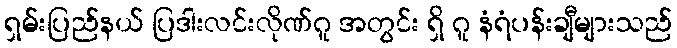
ရှမ်းပြည်နယ် ပြဒါးလင်းလိုဏ်ဂူ အတွင်း ရှိ ဂူ နံရံပန်းချီများသည်